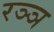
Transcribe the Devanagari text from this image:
रञ्ञ